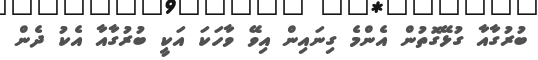
ބުރުގާއާ ގުޅޭގޮތުން އެންމެ ގިނައިން އިވޭ ވާހަކަ އަކީ ބުރުގާއާ އެކު ދެން